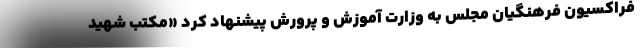
فراکسیون فرهنگیان مجلس به وزارت آموزش و پرورش پیشنهاد کرد «مکتب شهید